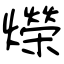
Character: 爃